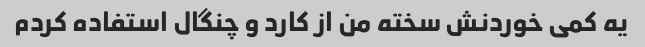
یه کمی خوردنش سخته من از کارد و چنگال استفاده کردم